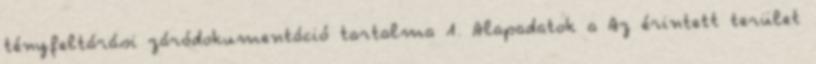
tényfeltárási záródokumentáció tartalma 1. Alapadatok a Az érintett terület